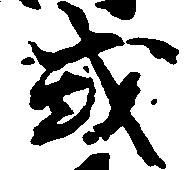
或